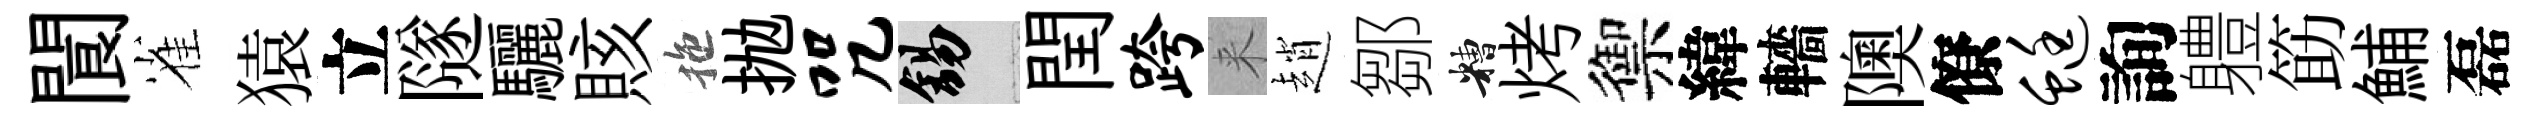
閬雀猿立隧驪賅拖抛咒錫閏跨来趙鄒糟烤禦緯轖隩僚蜓詢軆筯鯆磊